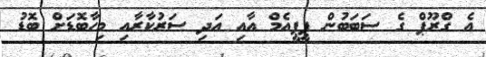
އެ ގްރޫޕް ގެ ސަބަބުން ޕީޕީއެމް އާއި އަދި ސަރުކާރާއި މިހާބޮޑަށް ބޮޑު